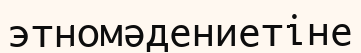
этномәдениетіне